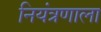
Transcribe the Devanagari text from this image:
नियंत्रणाला